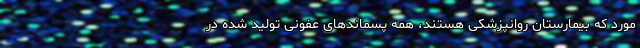
مورد که بیمارستان روانپزشکی هستند، همه پسماندهای عفونی تولید شده در